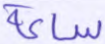
ساعة